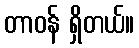
တာဝန် ရှိတယ်။